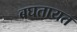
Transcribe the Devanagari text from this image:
बघतायत